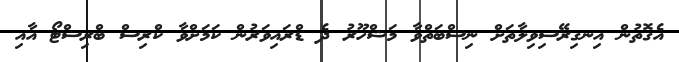
އެގޮތުން އިނގިރޭސިވިލާތަށް ނިސްބަތްވާ މަޝްހޫރު ދެ ޑްރައިވަރުން ކަމަށްވާ ކްރިސް ބްރިސްޓޯ އާއި